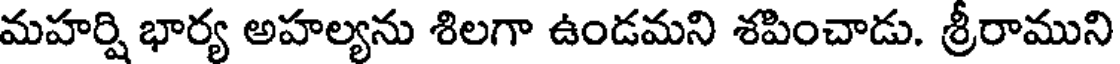
మహర్షి భార్య అహల్యను శిలగా ఉండమని శపించాడు. శ్రీరాముని